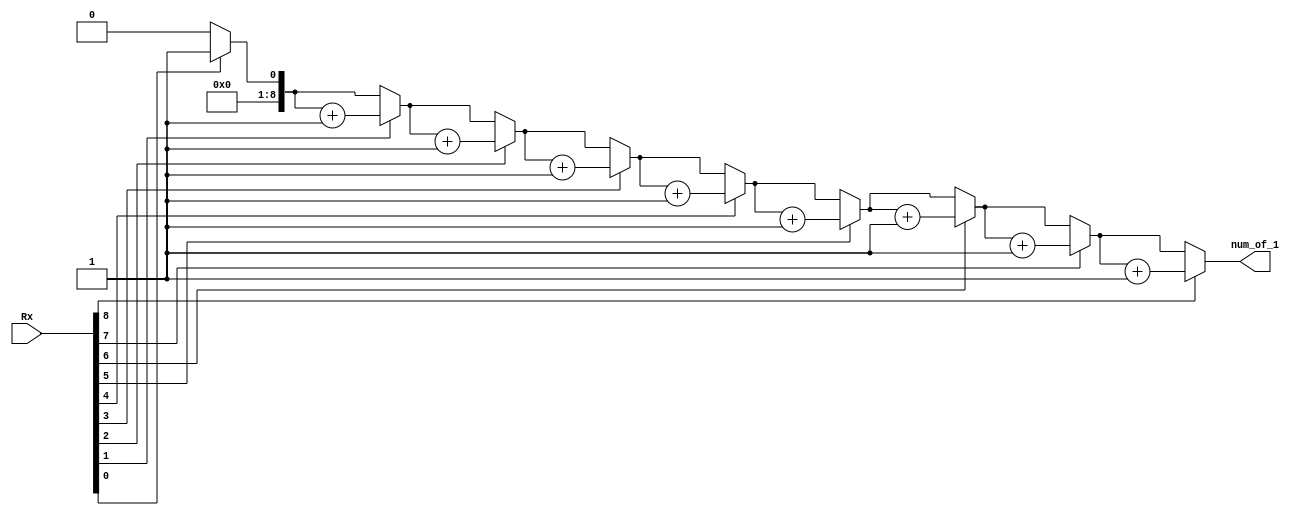
module ones(input wire [8:0] Rx,
				 output reg [8:0] num_of_1);
				 integer i;
				 always @(Rx)
					 begin
					 	 num_of_1 = 8'b0;
					
							 for(i=0; i<9; i=i+1)
								if(Rx[i]==1'b1)
									num_of_1 = num_of_1 + 8'b1;
							
					end
endmodule